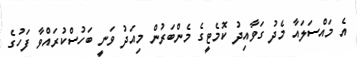
އެ މައްސަލައާ މެދު ގަވާއިދު ކޮމެޓީގެ މެންބަރުން މިއަދު ވަނީ ބަހުސްކުރައްވާ ފަހުގެ